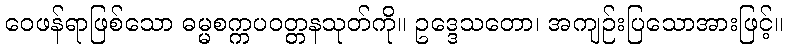
ဝေဖန်ရာဖြစ်သော ဓမ္မစက္ကပဝတ္တနသုတ်ကို။ ဥဒ္ဒေသတော၊ အကျဉ်းပြသောအားဖြင့်။